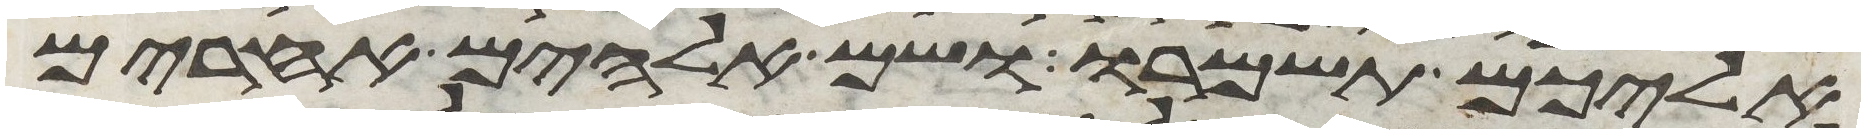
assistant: אליכם תשמרו ושם אלהים אחרים